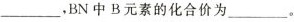
___，BN中B元素的化合价为___。